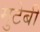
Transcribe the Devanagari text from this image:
मुटेबी